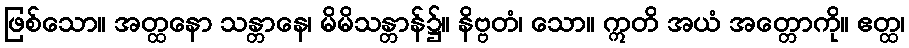
ဖြစ်သော။ အတ္ထနော သန္တာနေ၊ မိမိသန္တာန်၌။ နိဗ္ဗတံ၊ သော။ ဣတိ အယံ အတ္တောကို။ ဧတ္ထ၊